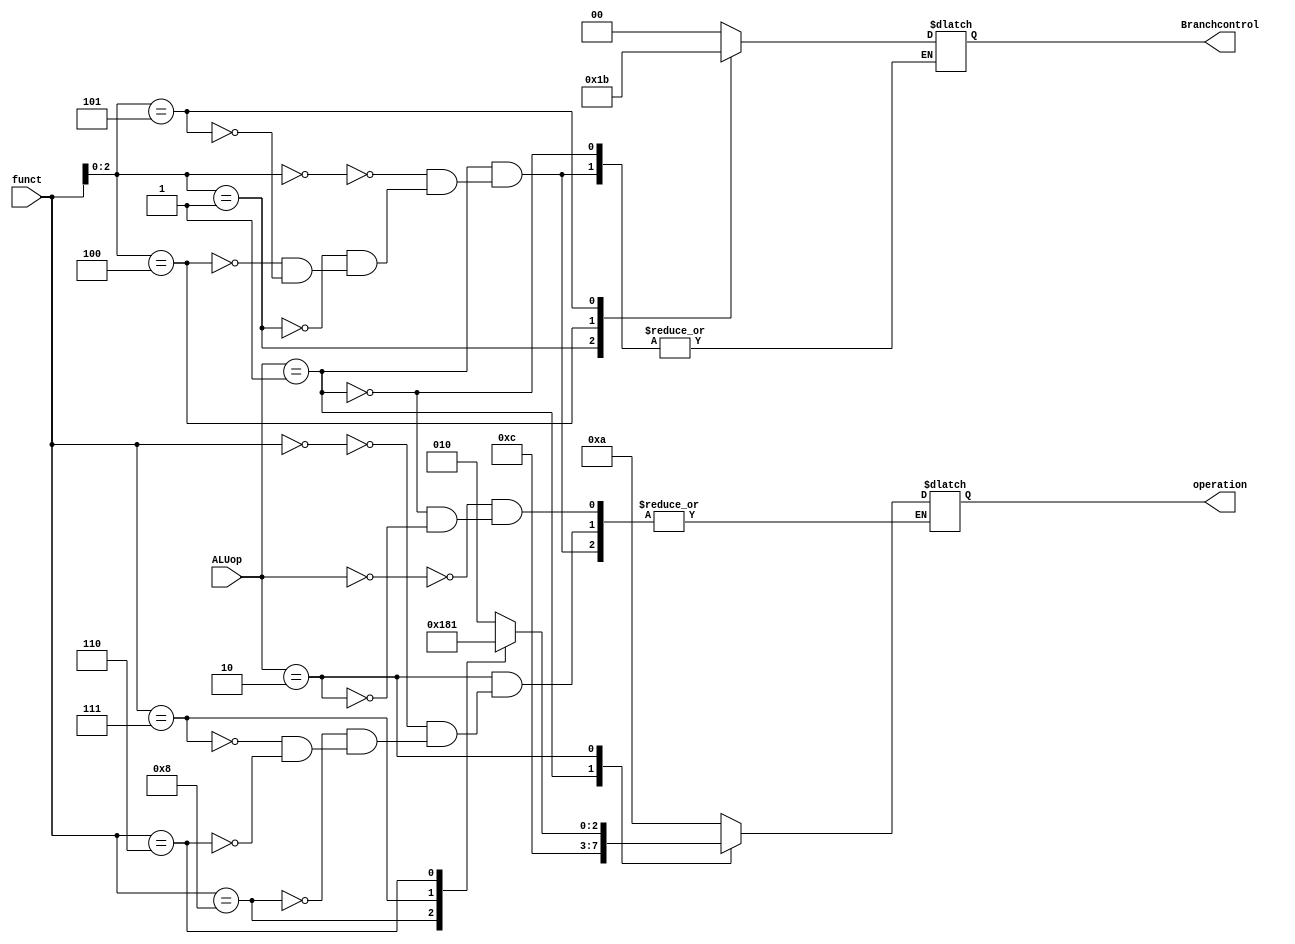
module ALU_control(
input [1:0] ALUop,
input [3:0] funct,
output reg [1:0] Branchcontrol,
output reg [3:0] operation
);
always @(*)
begin
case (ALUop)
2'b00: operation <= 0010;
2'b01: 
begin
case(funct[2:0])
3'b000: 
begin
operation <= 4'b0110;
Branchcontrol <= 2'b00;
end
3'b001: 
begin
operation <= 4'b0110;
Branchcontrol <= 2'b01;
end
3'b100: 
begin
operation <= 4'b0110;
Branchcontrol <= 2'b10;
end

3'b101: 
begin
operation <= 4'b0110;
Branchcontrol <= 2'b11;
end
endcase
end 
  
2'b10:
begin
case(funct)
4'b0000: operation <= 4'b0010;
4'b1000: operation <= 4'b0110;
4'b0111: operation <= 4'b0000;
4'b0110: operation <= 4'b0001;
endcase
end
endcase
end
endmodule